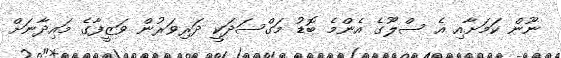
ނޫން ކަމަށާއި އެ ސްލޫގެ އެންމެ ބޮޑު މަގްސަދަކީ ދަރިވަރުން ވަޒީފާގެ މައިދާނަށް